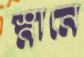
স্নানে